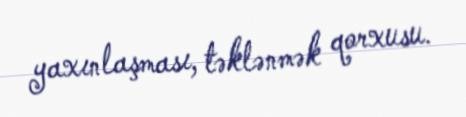
yaxınlaşması, təklənmək qorxusu.